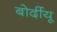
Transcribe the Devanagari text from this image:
बोर्दीयू